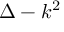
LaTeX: \Delta - k ^ { 2 }